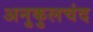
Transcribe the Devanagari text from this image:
अनुकुलचंद